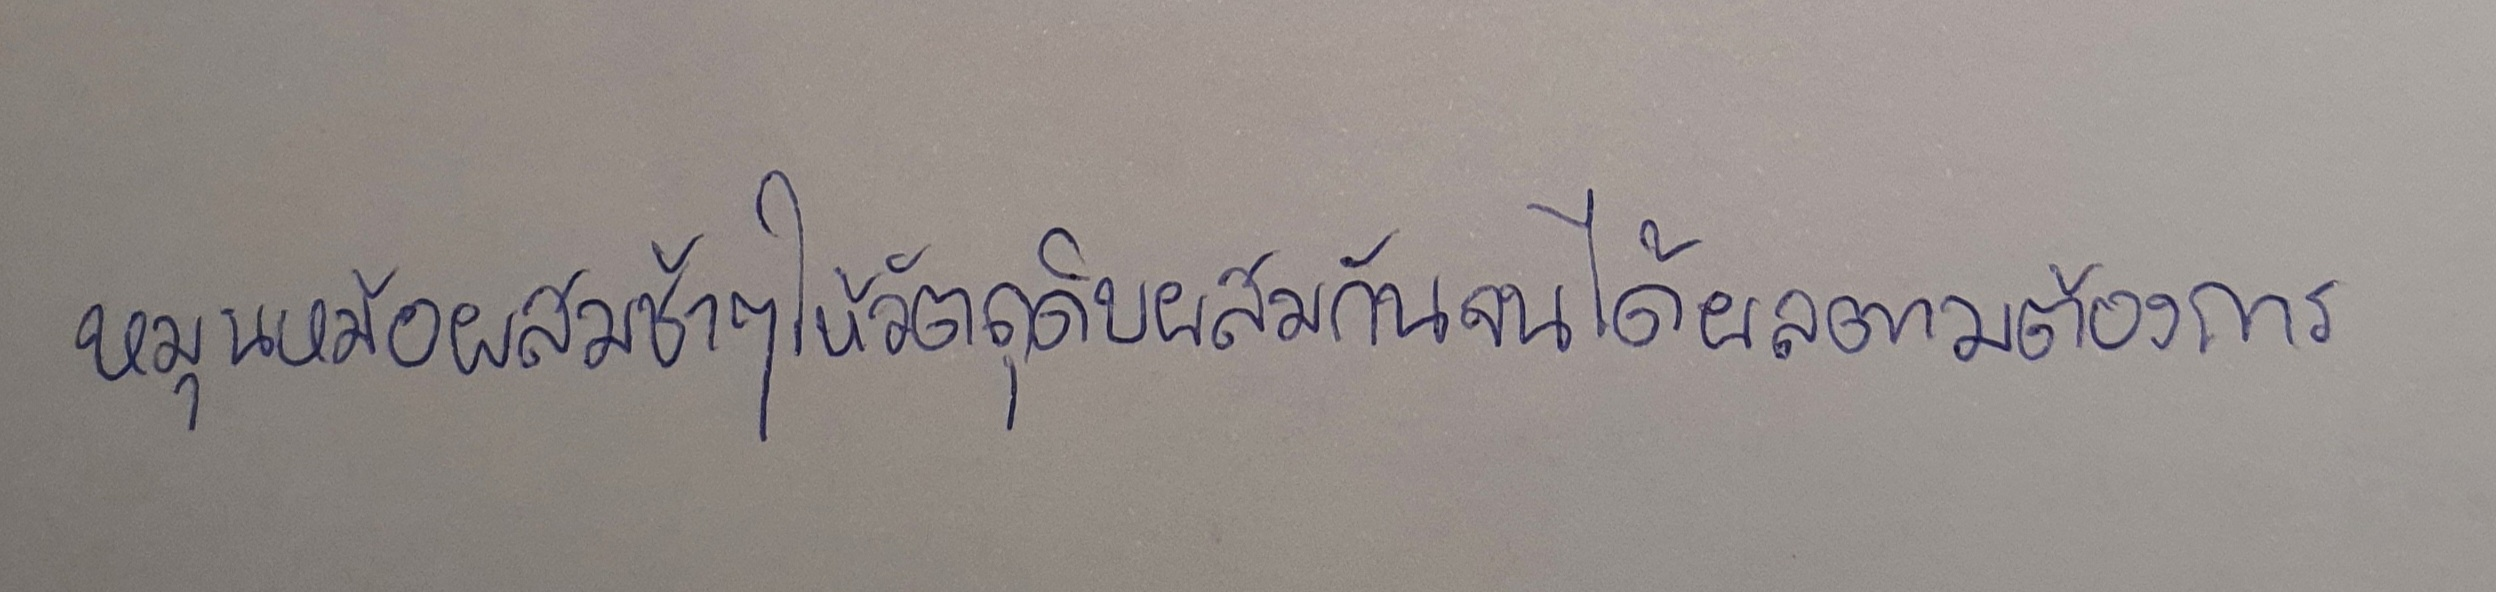
หมุนหม้อผสมช้าๆให้วัตถุดิบผสมกันจนได้ผลตามต้องการ